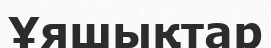
Ұяшықтар